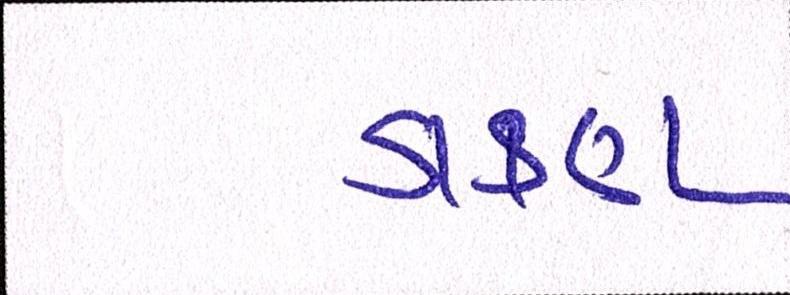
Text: ડાકણ